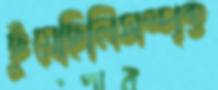
ছুঁয়েছিলিসম্পৃক্ত